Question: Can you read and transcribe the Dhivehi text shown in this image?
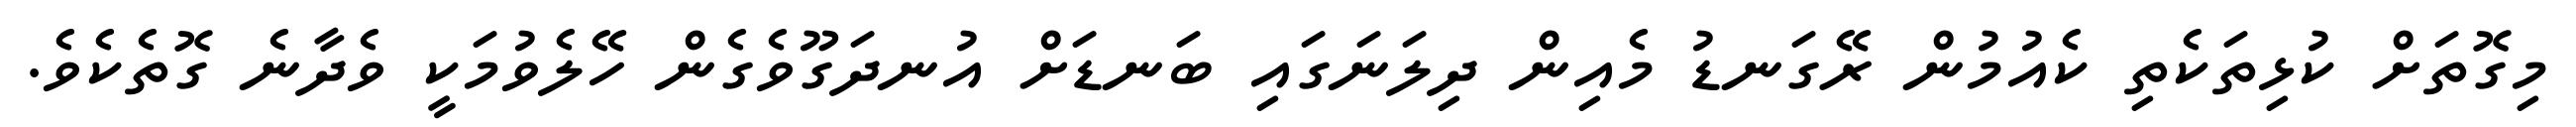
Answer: މިގޮތަށް ކުޅިތަކެތި ކެއުމުން ރޭގަނޑު މެއިން ދިލަނަގައި ބަނޑަށް އުނދަގޫވެގެން ހޭލެވުމަކީ ވެދާނެ ގޮތެކެވެ.